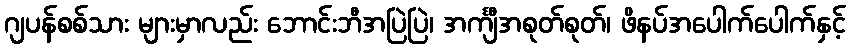
ဂျပန်စစ်သား များမှာလည်း ဘောင်းဘီအပြဲပြဲ၊ အင်္ကျီအစုတ်စုတ်၊ ဖိနပ်အပေါက်ပေါက်နှင့်